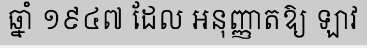
ឆ្នាំ ១៩៤៧ ដែល អនុញ្ញាតឱ្យ ឡាវ